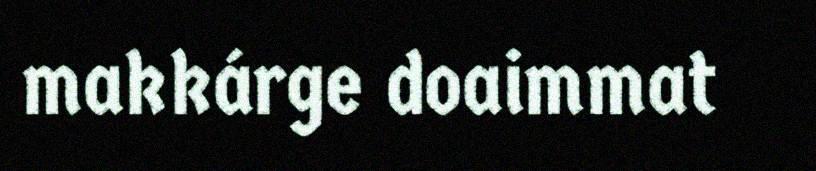
makkárge doaimmat